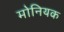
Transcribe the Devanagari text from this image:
मोनियक